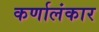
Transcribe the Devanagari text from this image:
कर्णालंकार